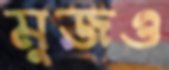
মুজও